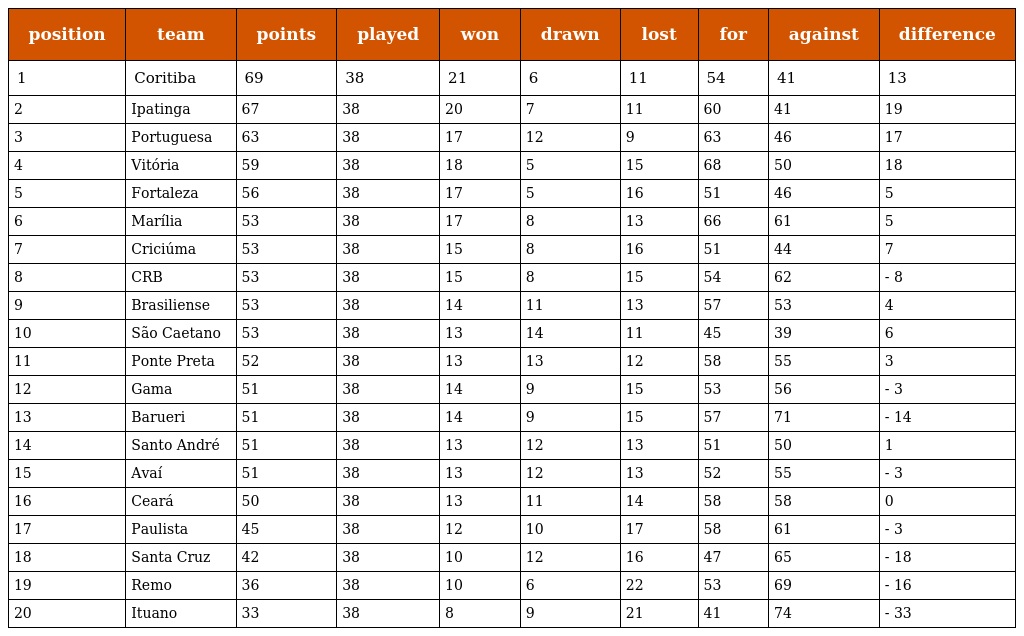
| position | team | points | played | won | drawn | lost | for | against | difference |
 | --- | --- | --- | --- | --- | --- | --- | --- | --- | --- |
 | 1 | Coritiba | 69 | 38 | 21 | 6 | 11 | 54 | 41 | 13 |
 | 2 | Ipatinga | 67 | 38 | 20 | 7 | 11 | 60 | 41 | 19 |
 | 3 | Portuguesa | 63 | 38 | 17 | 12 | 9 | 63 | 46 | 17 |
 | 4 | Vitória | 59 | 38 | 18 | 5 | 15 | 68 | 50 | 18 |
 | 5 | Fortaleza | 56 | 38 | 17 | 5 | 16 | 51 | 46 | 5 |
 | 6 | Marília | 53 | 38 | 17 | 8 | 13 | 66 | 61 | 5 |
 | 7 | Criciúma | 53 | 38 | 15 | 8 | 16 | 51 | 44 | 7 |
 | 8 | CRB | 53 | 38 | 15 | 8 | 15 | 54 | 62 | - 8 |
 | 9 | Brasiliense | 53 | 38 | 14 | 11 | 13 | 57 | 53 | 4 |
 | 10 | São Caetano | 53 | 38 | 13 | 14 | 11 | 45 | 39 | 6 |
 | 11 | Ponte Preta | 52 | 38 | 13 | 13 | 12 | 58 | 55 | 3 |
 | 12 | Gama | 51 | 38 | 14 | 9 | 15 | 53 | 56 | - 3 |
 | 13 | Barueri | 51 | 38 | 14 | 9 | 15 | 57 | 71 | - 14 |
 | 14 | Santo André | 51 | 38 | 13 | 12 | 13 | 51 | 50 | 1 |
 | 15 | Avaí | 51 | 38 | 13 | 12 | 13 | 52 | 55 | - 3 |
 | 16 | Ceará | 50 | 38 | 13 | 11 | 14 | 58 | 58 | 0 |
 | 17 | Paulista | 45 | 38 | 12 | 10 | 17 | 58 | 61 | - 3 |
 | 18 | Santa Cruz | 42 | 38 | 10 | 12 | 16 | 47 | 65 | - 18 |
 | 19 | Remo | 36 | 38 | 10 | 6 | 22 | 53 | 69 | - 16 |
 | 20 | Ituano | 33 | 38 | 8 | 9 | 21 | 41 | 74 | - 33 |